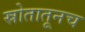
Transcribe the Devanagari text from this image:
स्रोतातूनच